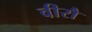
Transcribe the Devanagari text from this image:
वीरौ